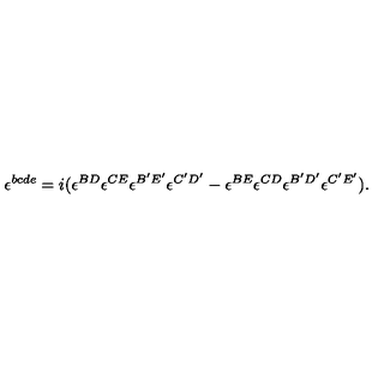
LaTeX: \epsilon ^ { b c d e } = i ( \epsilon ^ { B D } \epsilon ^ { C E } \epsilon ^ { B ^ { \prime } E ^ { \prime } } \epsilon ^ { C ^ { \prime } D ^ { \prime } } - \epsilon ^ { B E } \epsilon ^ { C D } \epsilon ^ { B ^ { \prime } D ^ { \prime } } \epsilon ^ { C ^ { \prime } E ^ { \prime } } ) .